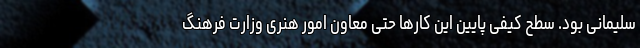
سلیمانی بود. سطح کیفی پایین این کارها حتی معاون امور هنری وزارت فرهنگ